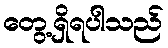
တွေ့ရှိရပါသည်